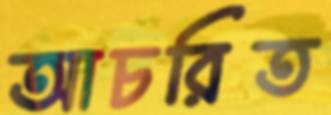
আচরিত